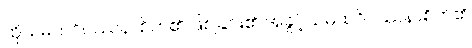
ထိုသမထဝိပဿနာစိတ်၏ ဖြစ်ခြင်း၏ အခွင့်သမထဝိပဿနာစိတ်၏